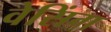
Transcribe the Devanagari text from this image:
वेसिंग